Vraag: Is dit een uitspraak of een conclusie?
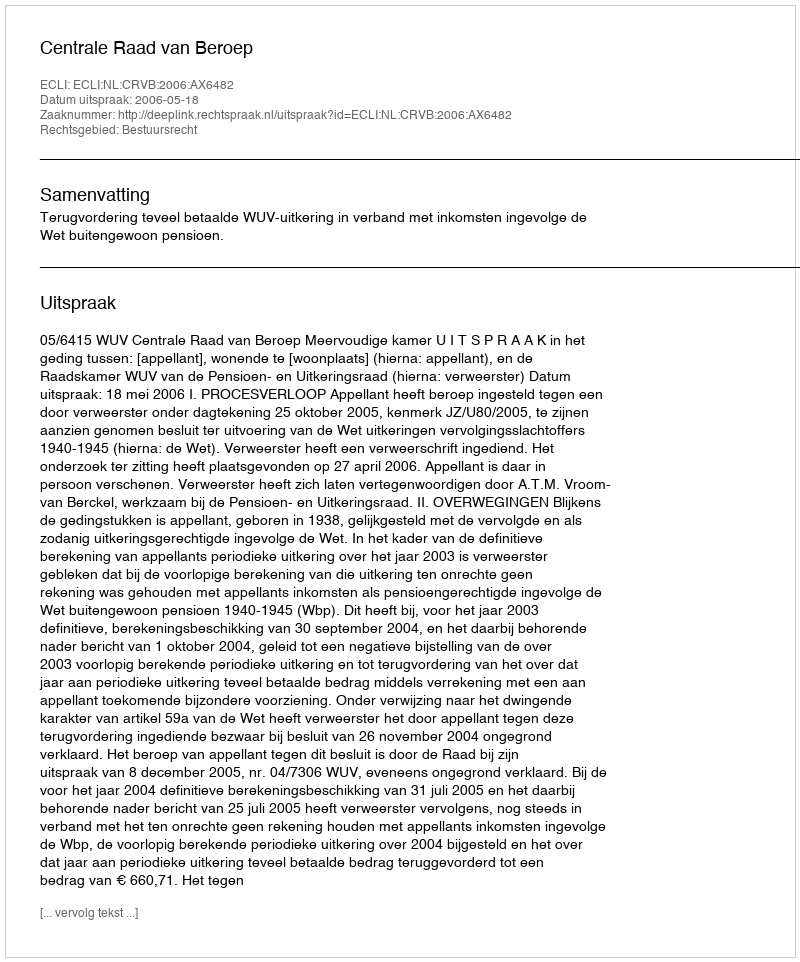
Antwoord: Uitspraak